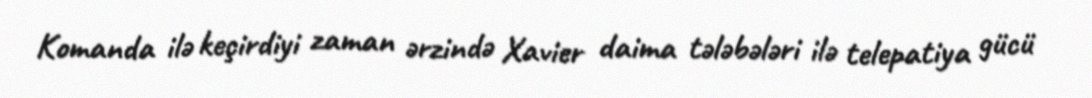
Komanda ilə keçirdiyi zaman ərzində Xavier daima tələbələri ilə telepatiya gücü